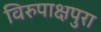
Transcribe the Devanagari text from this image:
विरुपाक्षपुरा